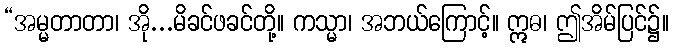
“အမ္မတာတာ၊ အို...မိခင်ဖခင်တို့။ ကသ္မာ၊ အဘယ်ကြောင့်။ ဣဓ၊ ဤအိမ်ပြင်၌။